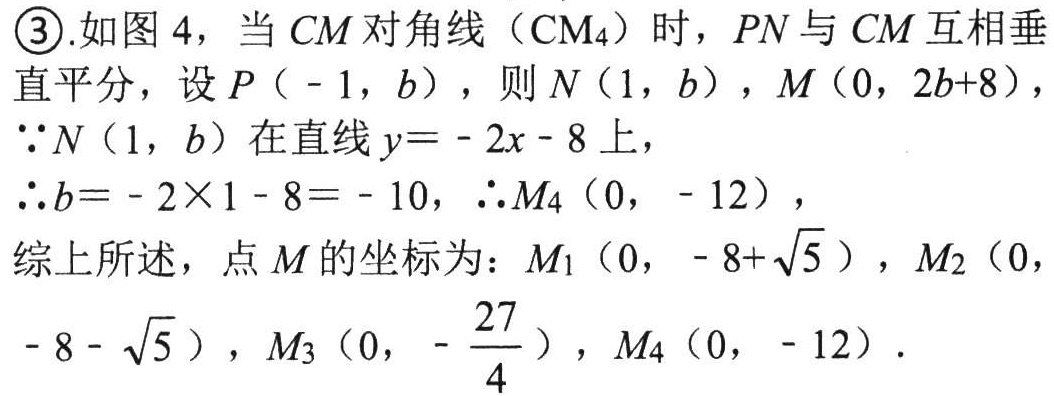
\textcircled{3}.如图 4，当 \(CM\) 对角线（\(CM_{4}\)）时，\(PN\) 与 \(CM\) 互相垂直平分，设 \(P(-1,b)\)，则 \(N(1,b)\)，\(M(0,2b + 8)\)，
\(\because N(1,b)\) 在直线 \(y=-2x - 8\) 上，
\(\therefore b=-2\times1 - 8=-10\)，\(\therefore M_{4}(0,-12)\)，
综上所述，点 \(M\) 的坐标为：\(M_{1}(0,-8+\sqrt{5})\)，\(M_{2}(0,-8 - \sqrt{5})\)，\(M_{3}(0,-\dfrac{27}{4})\)，\(M_{4}(0,-12)\)．